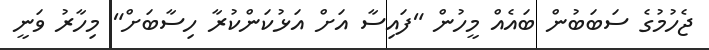
ޖެހުމުގެ ސަބަބުން ބައެއް މީހުން "ފައިސާ އަށް އަޅުކަންކުރާ ހިސާބަށް" މިހާރު ވަނީ